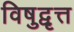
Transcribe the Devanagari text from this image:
विषुद्वृत्त